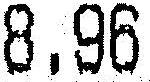
8.96